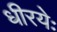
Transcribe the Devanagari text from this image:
धीरयेः